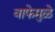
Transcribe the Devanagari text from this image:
वाफेमुळे